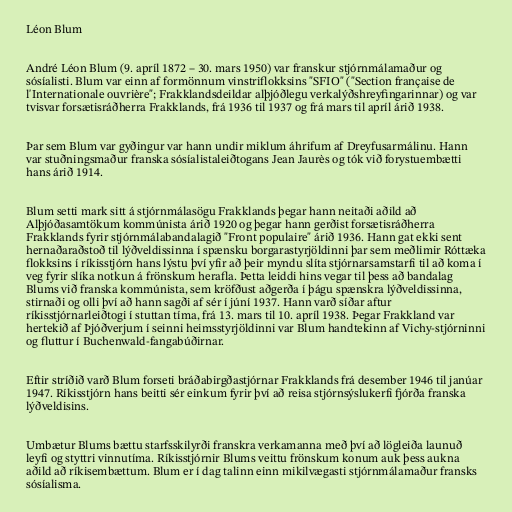
Léon Blum

André Léon Blum (9. apríl 1872 – 30. mars 1950) var franskur stjórnmálamaður og
sósíalisti. Blum var einn af formönnum vinstriflokksins "SFIO" ("Section française de
l'Internationale ouvrière"; Frakklandsdeildar alþjóðlegu verkalýðshreyfingarinnar) og var
tvisvar forsætisráðherra Frakklands, frá 1936 til 1937 og frá mars til apríl árið 1938.

Þar sem Blum var gyðingur var hann undir miklum áhrifum af Dreyfusarmálinu. Hann
var stuðningsmaður franska sósíalistaleiðtogans Jean Jaurès og tók við forystuembætti
hans árið 1914.

Blum setti mark sitt á stjórnmálasögu Frakklands þegar hann neitaði aðild að
Alþjóðasamtökum kommúnista árið 1920 og þegar hann gerðist forsætisráðherra
Frakklands fyrir stjórnmálabandalagið "Front populaire" árið 1936. Hann gat ekki sent
hernaðaraðstoð til lýðveldissinna í spænsku borgarastyrjöldinni þar sem meðlimir Róttæka
flokksins í ríkisstjórn hans lýstu því yfir að þeir myndu slíta stjórnarsamstarfi til að koma í
veg fyrir slíka notkun á frönskum herafla. Þetta leiddi hins vegar til þess að bandalag
Blums við franska kommúnista, sem kröfðust aðgerða í þágu spænskra lýðveldissinna,
stirnaði og olli því að hann sagði af sér í júní 1937. Hann varð síðar aftur
ríkisstjórnarleiðtogi í stuttan tíma, frá 13. mars til 10. apríl 1938. Þegar Frakkland var
hertekið af Þjóðverjum í seinni heimsstyrjöldinni var Blum handtekinn af Vichy-stjórninni
og fluttur í Buchenwald-fangabúðirnar.

Eftir stríðið varð Blum forseti bráðabirgðastjórnar Frakklands frá desember 1946 til janúar
1947. Ríkisstjórn hans beitti sér einkum fyrir því að reisa stjórnsýslukerfi fjórða franska
lýðveldisins.

Umbætur Blums bættu starfsskilyrði franskra verkamanna með því að lögleiða launuð
leyfi og styttri vinnutíma. Ríkisstjórnir Blums veittu frönskum konum auk þess aukna
aðild að ríkisembættum. Blum er í dag talinn einn mikilvægasti stjórnmálamaður fransks
sósíalisma.